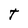
Character: T